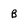
Character: B